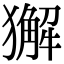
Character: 獬